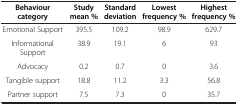
<table><thead><tr><td><b>Behaviour category</b></td><td><b>Study mean %</b></td><td><b>Standard deviation</b></td><td><b>Lowest frequency %</b></td><td><b>Highest frequency %</b></td></tr></thead><tbody><tr><td>Emotional Support</td><td>395.5</td><td>109.2</td><td>98.9</td><td>629.7</td></tr><tr><td>Informational Support</td><td>38.9</td><td>19.1</td><td>6</td><td>93</td></tr><tr><td>Advocacy</td><td>0.2</td><td>0.7</td><td>0</td><td>3.6</td></tr><tr><td>Tangible support</td><td>18.8</td><td>11.2</td><td>3.3</td><td>56.8</td></tr><tr><td>Partner support</td><td>7.5</td><td>7.3</td><td>0</td><td>35.7</td></tr></tbody></table>